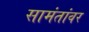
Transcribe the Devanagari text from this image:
सामंतांवर